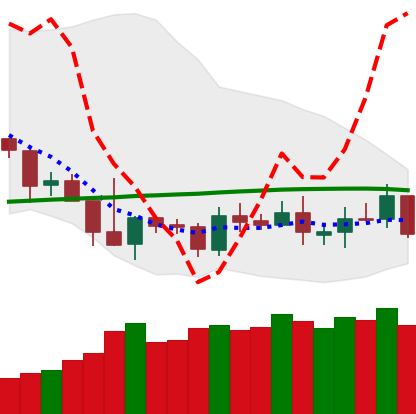
Ticker: TRX-USD
Chart end date: 2019-05-09
Forward return: 17.772%
Label: up_7plus